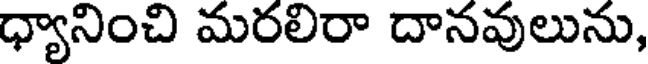
ధ్యానించి మరలిరా దానవులును,